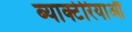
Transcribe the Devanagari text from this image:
ब्याक्टेरियाऔं